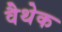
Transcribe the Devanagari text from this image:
वैथेक